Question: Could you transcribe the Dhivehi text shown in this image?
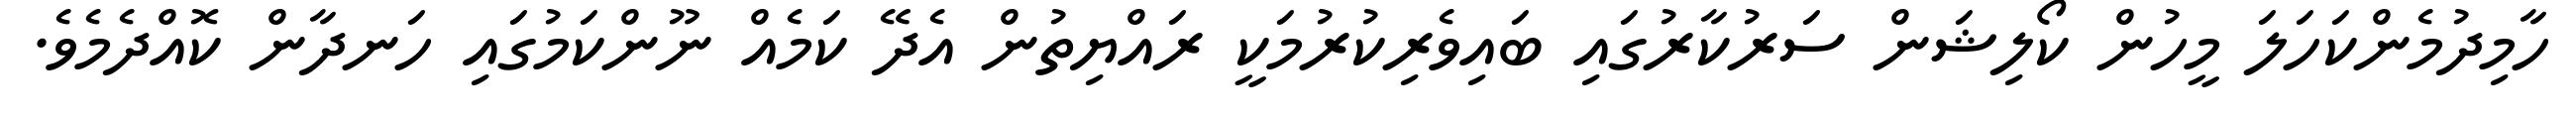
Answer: ހާމިދުމެންކަހަލަ މީހުން ކޯލިޝަން ސަރުކާރުގައި ބައިވެރިކުރުމަކީ ރައްޔިތުން އެދޭ ކަމެއް ނޫންކަމުގައި ހަނދާން ކޮއްދެމެވެ.